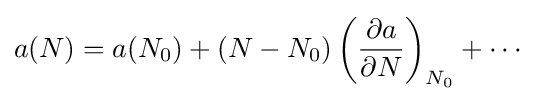
a(N)=a(N_{0})+(N-N_{0})\left({\frac {\partial a}{\partial N}}\right)_{N_{0}}+\cdots